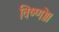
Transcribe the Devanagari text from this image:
विष्णो॥